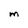
Character: M